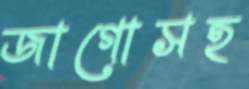
জাগোসহ